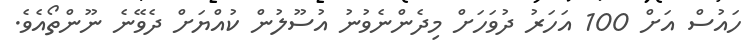
ހައުސް އަށް 100 އަހަރު ދުވަހަށް މިދެންނެވުނު އުސޫލުން ކުއްޔަށް ދެވޭނެ ނޫންތޯއެވެ.